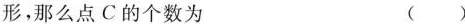
形，那么点C的个数为 ()